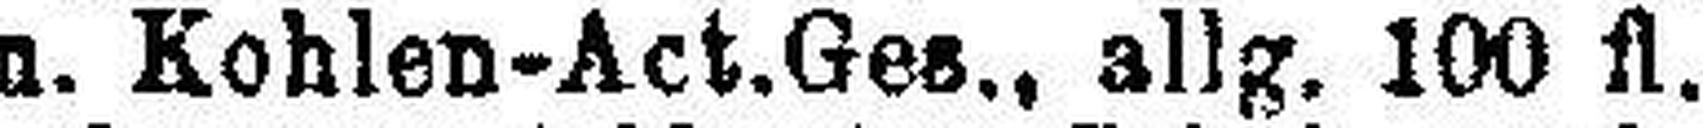
„ u. Kohlen-Act.Ges., allg. 100 fl.